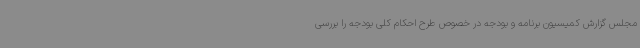
مجلس گزارش کمیسیون برنامه و بودجه در خصوص طرح احکام کلی بودجه را بررسی